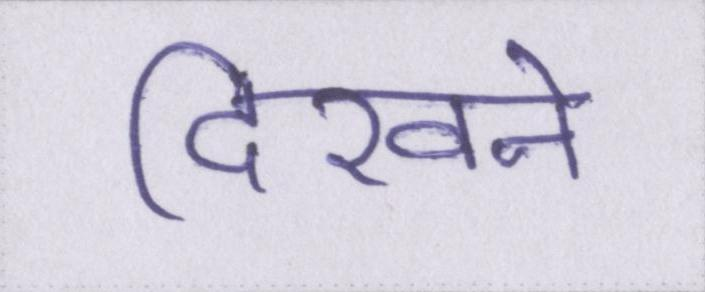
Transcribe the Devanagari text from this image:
दिखने